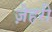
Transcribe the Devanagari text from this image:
ज़ेहरी